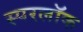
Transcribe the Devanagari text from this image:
स्परलॉक